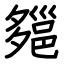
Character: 郺